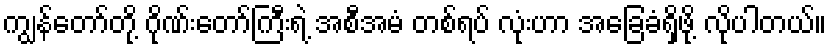
ကျွန်တော်တို့ ဂိုဏ်းတော်ကြီးရဲ့ အစီအမံ တစ်ရပ် လုံးဟာ အခြေခံရှိဖို့ လိုပါတယ်။